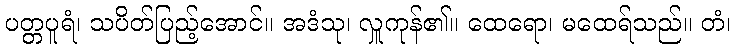
ပတ္တပူရံ၊ သပိတ်ပြည့်အောင်။ အဒံသု၊ လှူကုန်၏။ ထေရော၊ မထေရ်သည်။ တံ၊